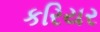
કરિયર